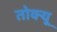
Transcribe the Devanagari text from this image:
तोक्यू